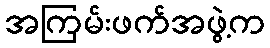
အကြမ်းဖက်အဖွဲ့က